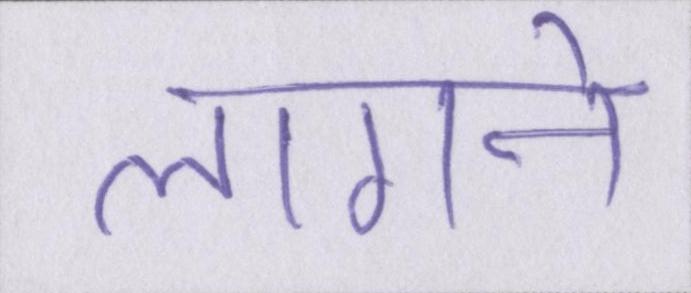
लागने